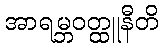
အာရမ္ဘဝတ္ထူနီတိ